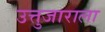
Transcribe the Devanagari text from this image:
उत्तुजाराला